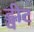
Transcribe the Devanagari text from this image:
ड्वीट